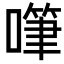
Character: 𠽩